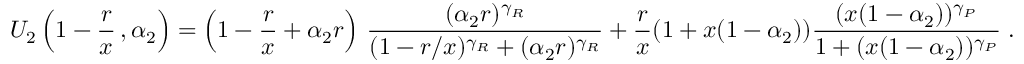
U _ { 2 } \left( 1 - \frac { r } { x } \, , \alpha _ { 2 } \right) = \left( 1 - \frac { r } { x } + \alpha _ { 2 } r \right) \, \frac { ( \alpha _ { 2 } r ) ^ { \gamma _ { R } } } { ( 1 - r / x ) ^ { \gamma _ { R } } + ( \alpha _ { 2 } r ) ^ { \gamma _ { R } } } + \frac { r } { x } ( 1 + x ( 1 - \alpha _ { 2 } ) ) \frac { ( x ( 1 - \alpha _ { 2 } ) ) ^ { \gamma _ { P } } } { 1 + ( x ( 1 - \alpha _ { 2 } ) ) ^ { \gamma _ { P } } } \; .